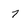
Character: 7